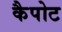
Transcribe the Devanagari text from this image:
कैपोट